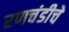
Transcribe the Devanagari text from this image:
रणचंडीचे